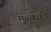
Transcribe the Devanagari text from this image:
मुल्ककी